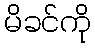
မိခင်ကို